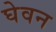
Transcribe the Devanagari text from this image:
घेवन